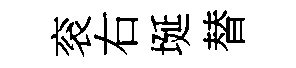
衮右埏替